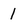
Character: 1